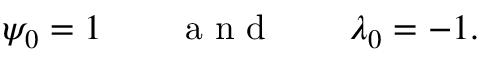
\psi _ { 0 } = 1 \qquad \mathrm { ~ a ~ n ~ d ~ } \qquad \lambda _ { 0 } = - 1 .